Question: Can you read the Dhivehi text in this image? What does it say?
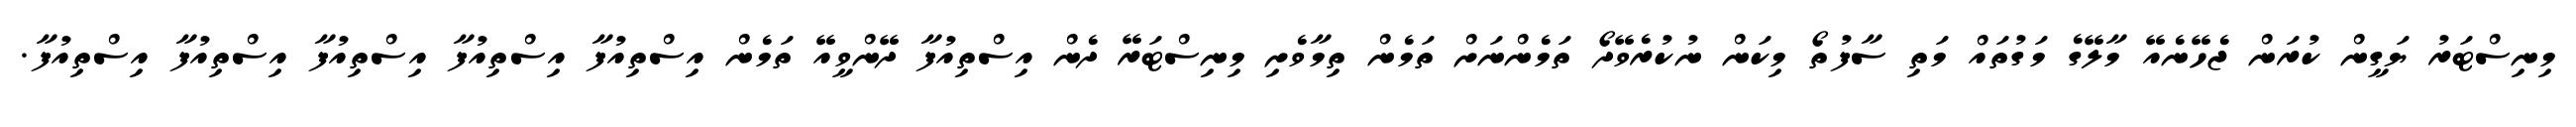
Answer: މިނިސްޓަރު ޔަގީން ކުރަން ޖެހޭނެއޭ މާލޭގެ މަގުތައް މަތި ސާފުތޯ މިކަން ނުކުރެވޭދޯ ތަމެންނަށް ތަމެން ތިމާވެށި މިނިސްޓަރޭ ދެން އިސްތިއުފާ ދޭންވީއޭ ތަމެން އިސްތިއުފާ އިސްތިއުފާ އިސްތިއުފާ އިސްތިއުފާ އިސްތިއުފާ.